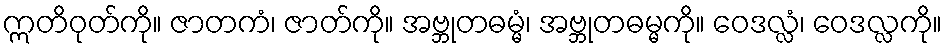
ဣတိဝုတ်ကို။ ဇာတကံ၊ ဇာတ်ကို။ အဗ္ဘုတဓမ္မံ၊ အဗ္ဘုတဓမ္မကို။ ဝေဒလ္လံ၊ ဝေဒလ္လကို။